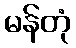
မန်တုံ